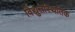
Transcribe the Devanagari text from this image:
विद्युतस्थितिक